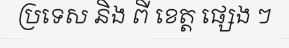
ប្រទេស និង ពី ខេត្ត ផ្សេង ៗ